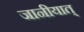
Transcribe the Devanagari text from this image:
जानीयात्